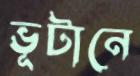
ভূটানে